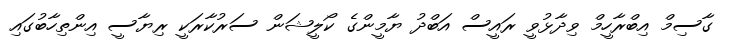
ގާސިމް އިބްރާހީމް ވިދާޅުވީ ރައީސް އަބްދު ޔާމީންގެ ކޯލީޝަން ސަރުކާރަކީ ރިޔާސީ އިންތިހާބުގައި